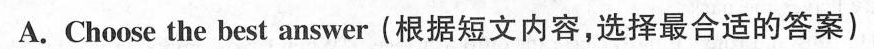
A.Choose the best answer(根据短文内容,选择最合适的答案)